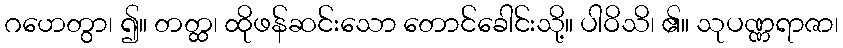
ဂဟေတွာ၊ ၍။ တတ္ထ၊ ထိုဖန်ဆင်းသော တောင်ခေါင်းသို့။ ပါဝိသိ၊ ၏။ သုပဏ္ဏရာဇာ၊